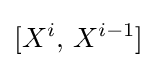
[X^{i},\,X^{i-1}]